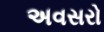
અવસરો